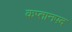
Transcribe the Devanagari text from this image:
कप्तानपद